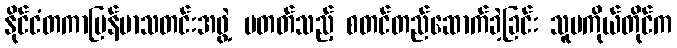
နိုင်ငံတကာမြန်မာသတင်းအဖွဲ့ မတတ်သည့် စတင်တည်ဆောက်ခဲ့ခြင်း သူမကိုယ်တိုင်က